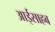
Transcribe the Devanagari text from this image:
आईसाहब